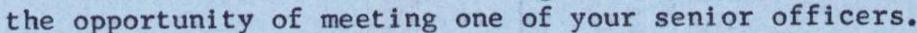
the opportunity of meeting one of your senior officers.